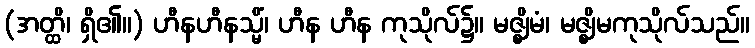
(အတ္ထိ၊ ရှိ၏။) ဟီနဟီနသ္မိံ၊ ဟီန ဟီန ကုသိုလ်၌။ မဇ္ဈိမံ၊ မဇ္ဈိမကုသိုလ်သည်။